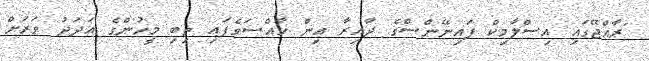
"ރާއްޖޭގައި އިސްލާމިކް ފައިނޭންސްގެ ދާއިރާ އިން ހާއްސަވެފައި ތިބި މީހުންގެ އަދަދު ވަރަށް